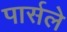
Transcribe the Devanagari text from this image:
पार्सले